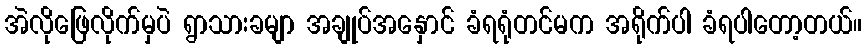
အဲလိုဖြေလိုက်မှပဲ ရွာသားခမျာ အချုပ်အနှောင် ခံရရုံတင်မက အရိုက်ပါ ခံရပါတော့တယ်။